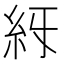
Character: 𥾙